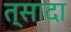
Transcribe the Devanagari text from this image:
त्सादा